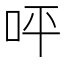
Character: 呯